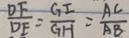
\frac { D F } { D E } = \frac { G E } { G H } = \frac { A C } { A B }